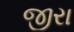
જીરા